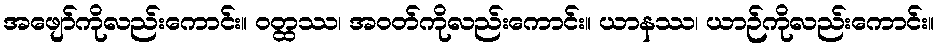
အဖျော်ကိုလည်းကောင်း။ ဝတ္ထဿ၊ အဝတ်ကိုလည်းကောင်း။ ယာနဿ၊ ယာဉ်ကိုလည်းကောင်း။